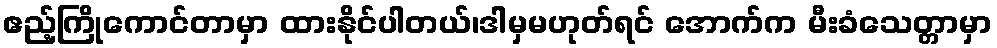
ဧည့်ကြိုကောင်တာမှာ ထားနိုင်ပါတယ်၊ဒါမှမဟုတ်ရင် အောက်က မီးခံသေတ္တာမှာ